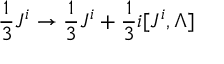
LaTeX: { \frac { 1 } { 3 } } J ^ { i } \to { \frac { 1 } { 3 } } J ^ { i } + { \frac { 1 } { 3 } } i [ J ^ { i } , \Lambda ]